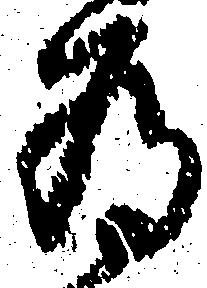
為